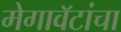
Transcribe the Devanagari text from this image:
मेगावॅटांचा